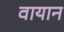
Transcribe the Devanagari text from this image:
वायान